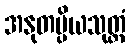
အနုတပ္ပိယသုတ္တံ